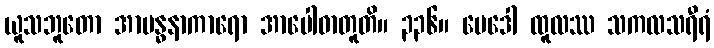
ယူသဘူတော အာဗန္ဓနာကာရော အာပေါဓာတူတိ။ ၃၃၆။ မေဒေါ ထူလဿ သကလသရီရံ